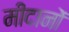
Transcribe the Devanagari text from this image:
मीदानों